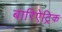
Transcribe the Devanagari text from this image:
बारिऐट्रिक